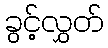
ခွင့်လွှတ်